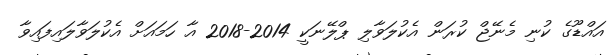
އައްޑޫގެ ކުނި މެނޭޖް ކުރަން އެކުލަވާލި ޕްލޭނަކީ 2014-2018 އާ ހަމައަށް އެކުލަވާލައިފައިވާ